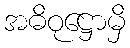
အဓိဝုဋ္ဌောမှိ